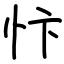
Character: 忭